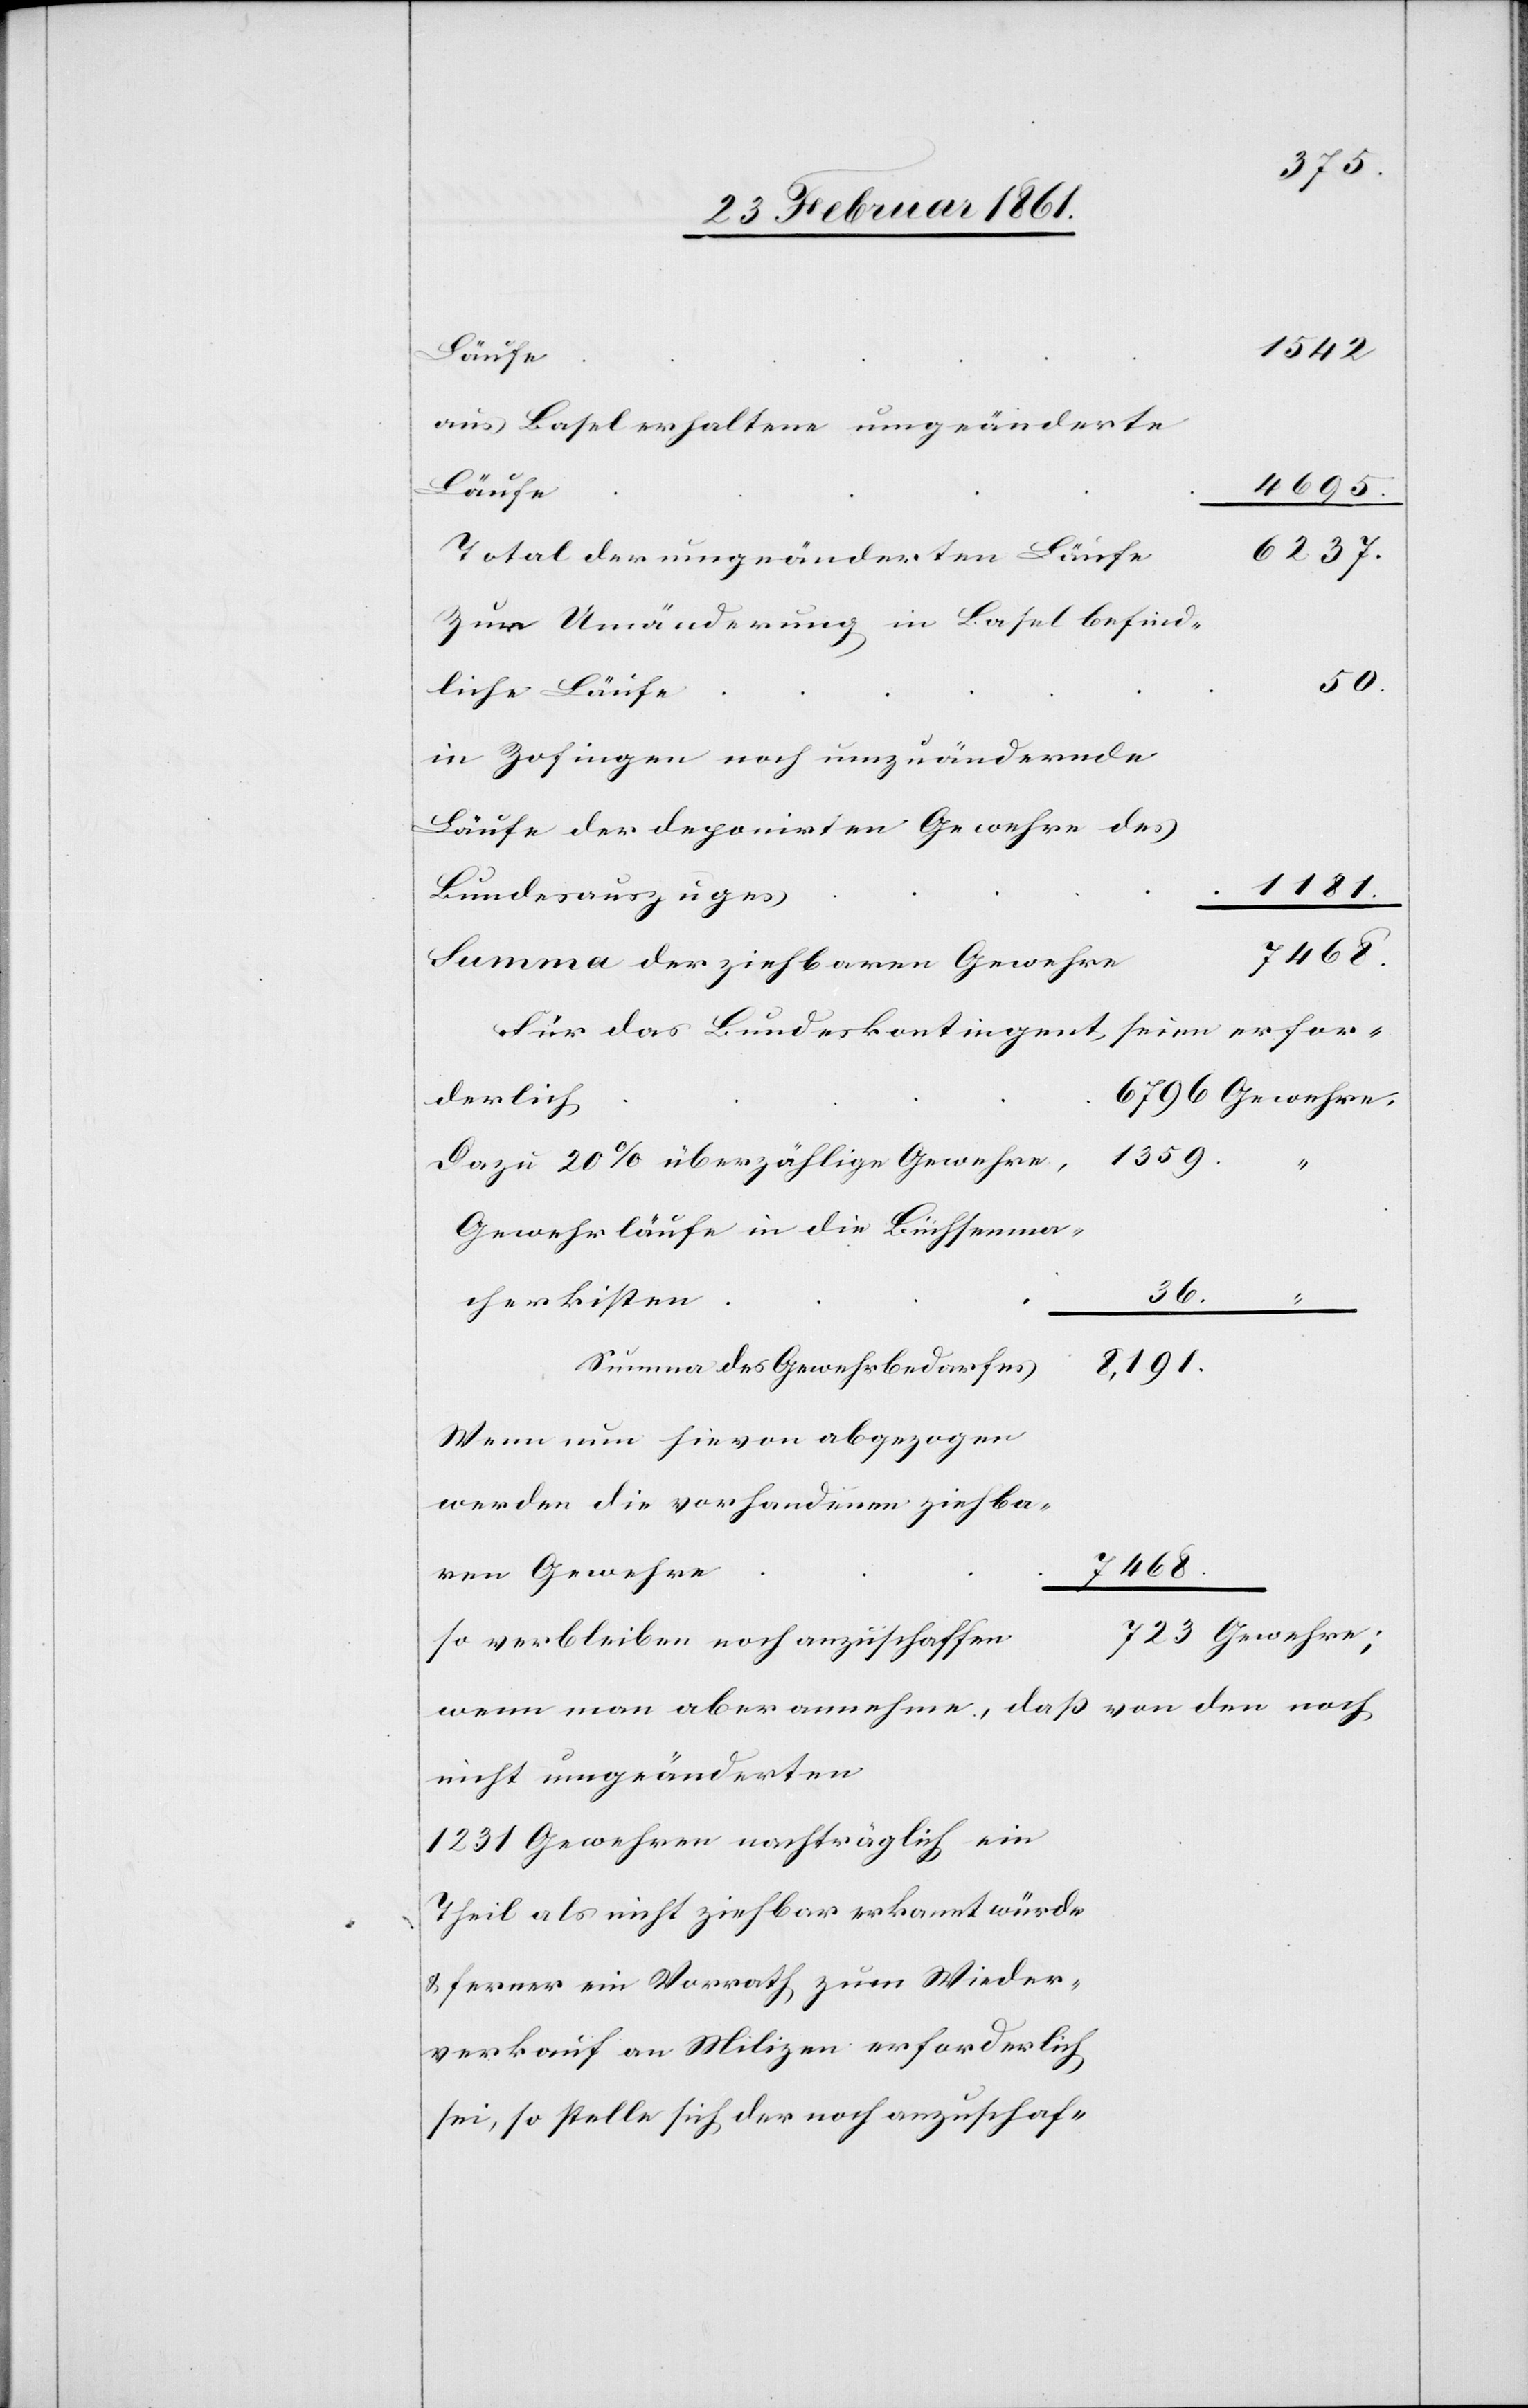
1542
aus Basel erhaltene umgeänderte
Läufe
4695
Total der umgeänderten Läufe
Zur Umänderung in Basel befind¬
50
liche Läufe
in Zofingen noch umzuändernde
Läufe der deponirten Gewehre des
Bundesauszuges
723.
7468
Summa der ziehbaren Gewehre
Für das Bundeskontingent seien erfor¬
derlich
Dazu 20% überzählige Gewehre,
Gewehrläufe in die Büchsenma¬
36.
cherkisten
Summa des Gewehrbedarfes
8,191
Wenn nun hievon abgezogen
werden die vorhandenen ziehba¬
ren Gewehre
so verbleiben noch anzuschaffen
wenn man aber annehme, dass von den noch
nicht umgeänderten
1231 Gewehren nachträglich ein
Theil als nicht ziehbar erkannt würde
u. ferner ein Vorrath zum Wieder¬
verkauf an Milizen erforderlich
sei, so stelle sich der noch anzuschaf-